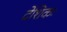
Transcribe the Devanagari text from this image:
देशिकः